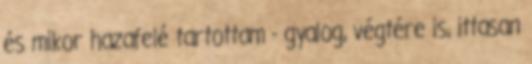
és mikor hazafelé tartottam - gyalog, végtére is, ittasan